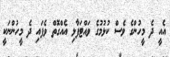
އެއީ ދެ މީހުންގެ ވެސް ކުޅުމުގެ ވައްޓަފާޅި އެއްގޮތް ވެފައި ދެ މީހުންނަކީ